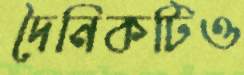
দৈনিকটিও